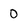
Character: 0